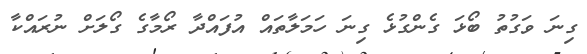
ގިނަ ވަގުތު ބޯޅަ ގެންގުޅެ ގިނަ ހަމަލާތައް އުފައްދާ ރޯމާގެ ގޯލަށް ނުރައްކާ